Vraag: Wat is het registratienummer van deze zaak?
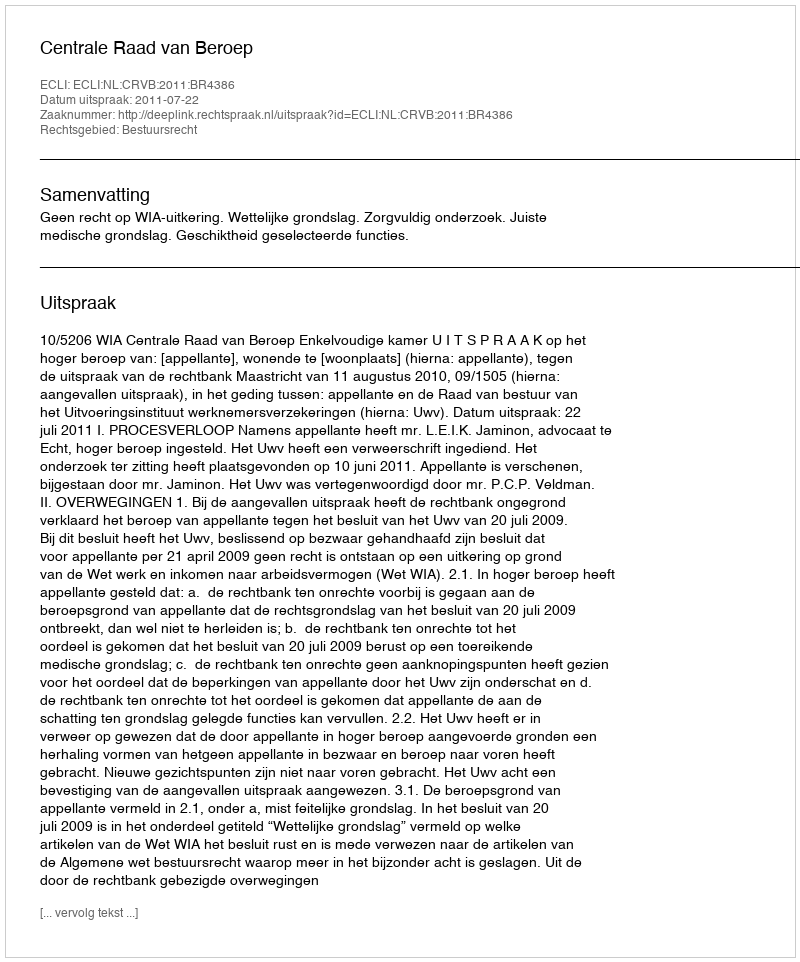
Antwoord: http://deeplink.rechtspraak.nl/uitspraak?id=ECLI:NL:CRVB:2011:BR4386